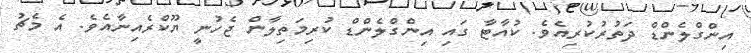
އިންގްލެންޑް ދަތުރުކުރިއެވެ. ކުއާޓާ ގައި އިންގްލެންޑް ކުރިމަތިލާން ޖެހުނީ ޔޫކްރެއިނާއެވެ. އެ މެޗު